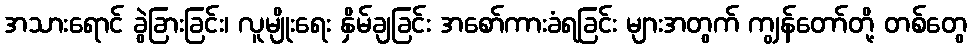
အသားရောင် ခွဲခြားခြင်း၊ လူမျိုးရေး နှိမ်ချခြင်း အစော်ကားခံရခြင်း များအတွက် ကျွန်တော်တို့ တစ်တွေ